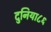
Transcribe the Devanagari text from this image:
दुनिया८६